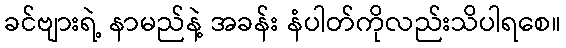
ခင်ဗျားရဲ့ နာမည်နဲ့ အခန်း နံပါတ်ကိုလည်းသိပါရစေ။